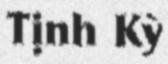
Tịnh Kỳ